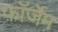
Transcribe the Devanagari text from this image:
फ़ॉर्जेम